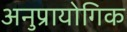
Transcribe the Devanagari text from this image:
अनुप्रायोगिक